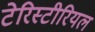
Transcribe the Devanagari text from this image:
टेरिस्टीरियल